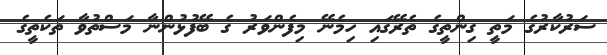
ސަރުކާރުގެ މަތީ ގިންތީގެ ތެރޭގައި ހިމެނޭ މިފެންވަރު ގެ ބޭފުޅުންނާ މަސްތުވާ ތަކެތީގެ